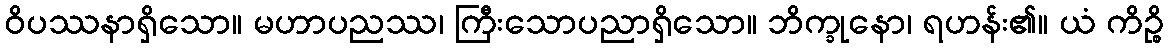
ဝိပဿနာရှိသော။ မဟာပညဿ၊ ကြီးသောပညာရှိသော။ ဘိက္ခုနော၊ ရဟန်း၏။ ယံ ကိဉ္စိ